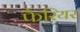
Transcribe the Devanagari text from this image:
फैरियर